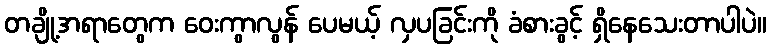
တချို့အရာတွေက ဝေးကွာလွန် ပေမယ့် လှပခြင်းကို ခံစားခွင့် ရှိနေသေးတာပါပဲ။